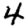
Digit: 4